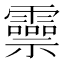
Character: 𬰑